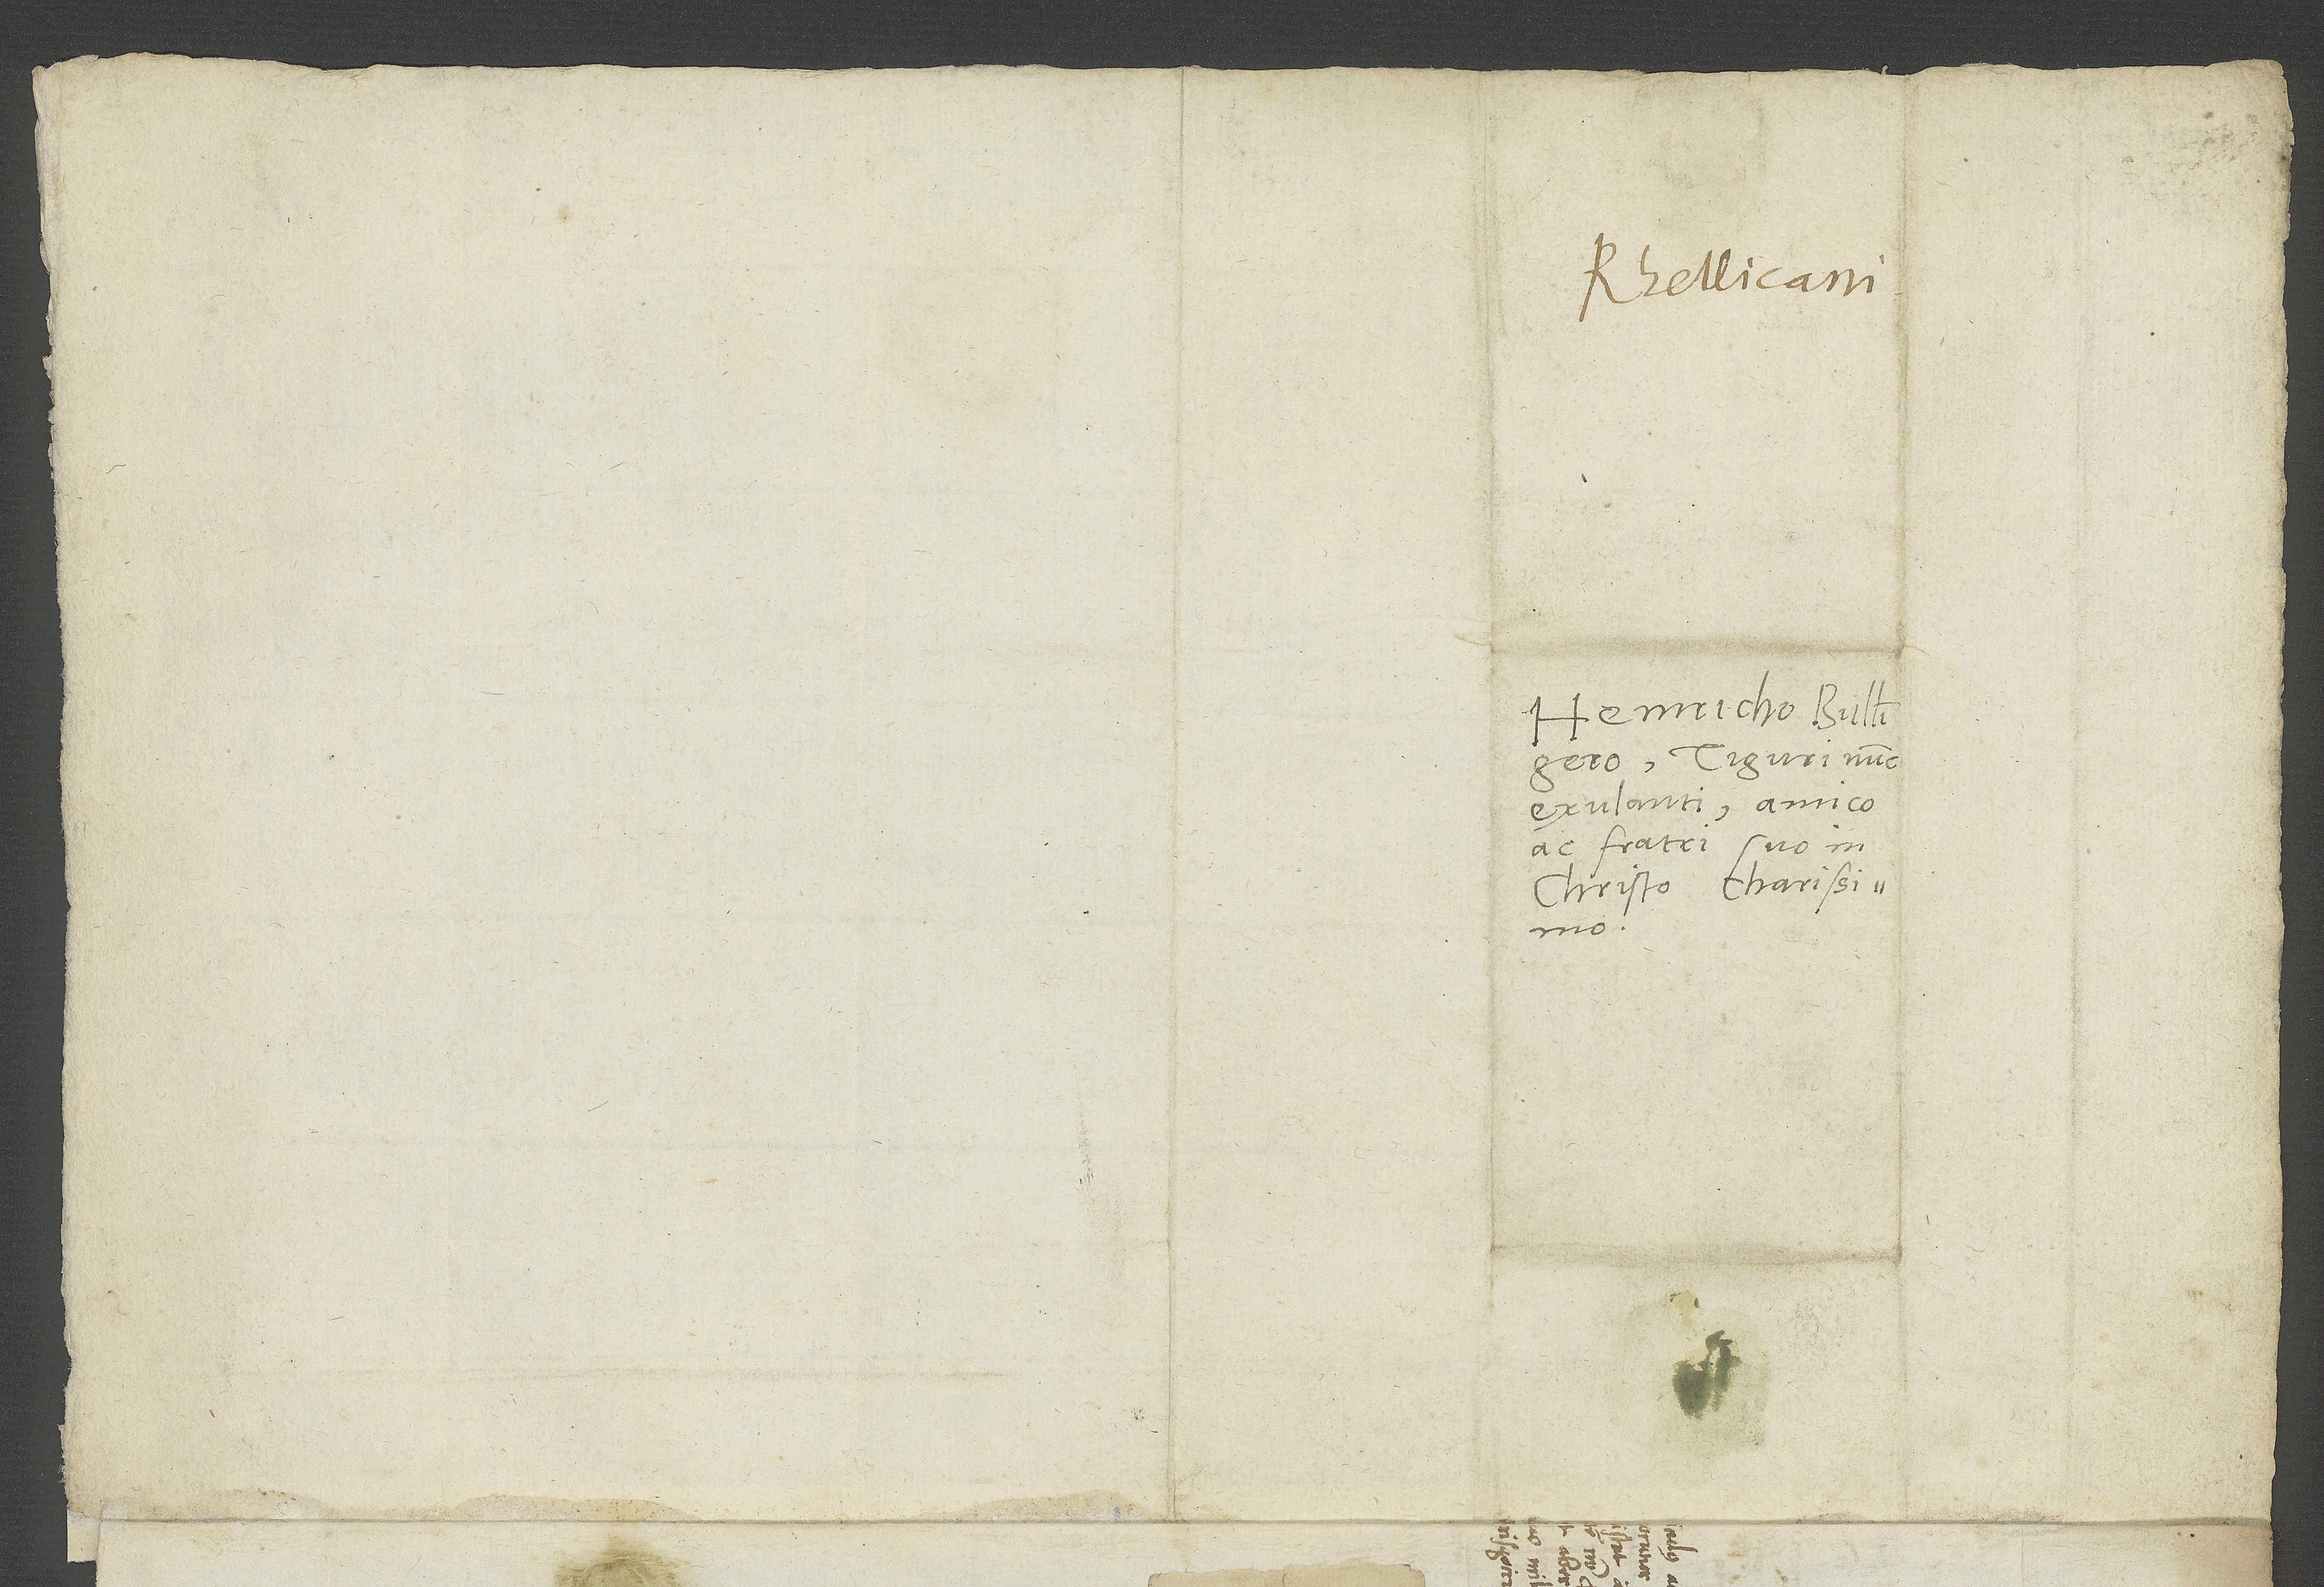
Henricho Bullingero,
Tiguri nunc
exulanti, amico
ac fratri suo in
Christo charissimo.